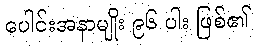
ပေါင်းအနာမျိုး ၉၆ ပါး ဖြစ်၏